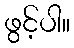
ဖွင့်ပါ။